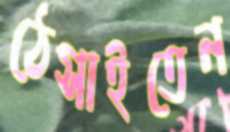
ঠেসাইতেন